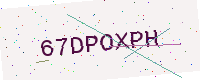
Text: 67DPOXPH